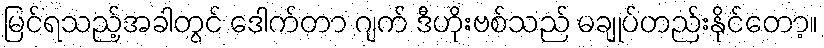
မြင်ရသည့်အခါတွင် ဒေါက်တာ ဂျက် ဒီဟိုးဗစ်သည် မချုပ်တည်းနိုင်တော့။